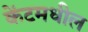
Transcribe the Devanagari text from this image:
केंटमधील